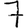
Digit: 7